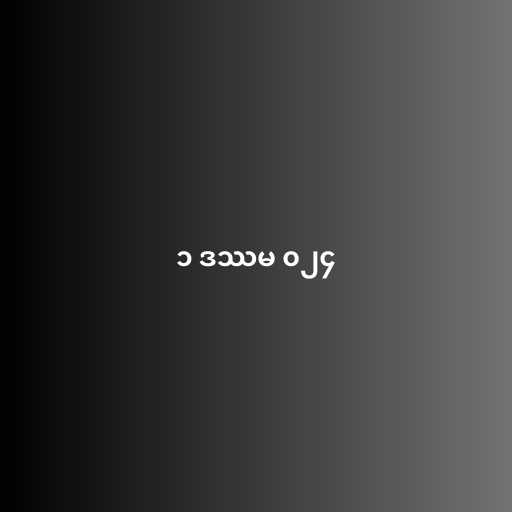
၁ ဒဿမ ၀၂၄